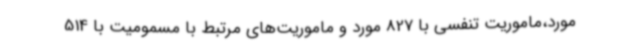
مورد،ماموریت تنفسی با 827 مورد و ماموریت‌های مرتبط با مسمومیت با 514